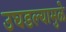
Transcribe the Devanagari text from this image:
उघडल्यामुळे